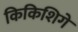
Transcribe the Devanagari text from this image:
किकिशिगे